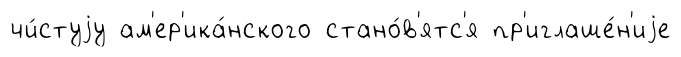
чи́стуjу ам'ер'ика́нского стано́в'ятс'я пр'иглаше́н'иjе